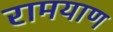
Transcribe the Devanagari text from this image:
रामयाण